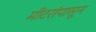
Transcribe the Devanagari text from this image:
मीटरांपासून